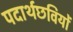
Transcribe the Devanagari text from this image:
पदार्थछवियों